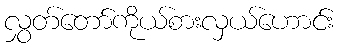
လွှတ်တော်ကိုယ်စားလှယ်ဟောင်း